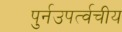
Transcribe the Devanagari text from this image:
पुर्नउपर्त्वचीय